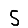
Digit: 5